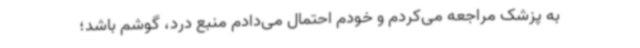
به پزشک مراجعه می‌کردم و خودم احتمال می‌دادم منبع درد، گوشم باشد؛